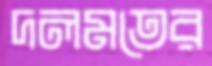
দলমতের